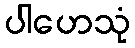
ပါဟေသုံ